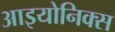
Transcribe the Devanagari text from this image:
आइयोनिक्स